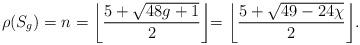
LaTeX: \begin{align*}\rho(S_g)=n=\biggl\lfloor{5+\sqrt{48g+1}\over 2}\biggl\rfloor=\biggl\lfloor{5+\sqrt{49-24\chi}\over 2}\biggr\rfloor.\end{align*}